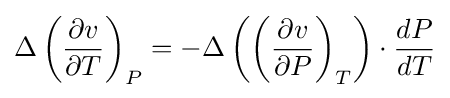
{\Delta \left({{\partial v} \over {\partial T}}\right)_{P}=-\Delta \left({\left({{\partial v} \over {\partial P}}\right)_{T}}\right)\cdot {{dP} \over {dT}}}